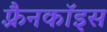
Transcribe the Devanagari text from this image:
फ़्रैनकॉइस